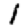
Digit: 1